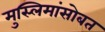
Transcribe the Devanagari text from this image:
मुस्लिमांसोबत